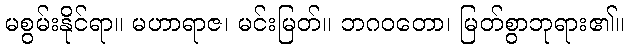
မစွမ်းနိုင်ရာ။ မဟာရာဇ၊ မင်းမြတ်။ ဘဂဝတော၊ မြတ်စွာဘုရား၏။